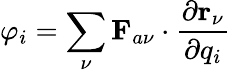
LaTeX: \varphi_{i}=\sum_{\nu}\mathbf{F}_{a\nu}\cdot\frac{\partial\mathbf{r}_{\nu}}{\partial q_{i}}